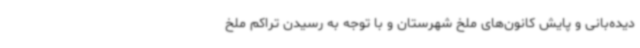
دیده‌بانی و پایش کانون‌های ملخ شهرستان و با توجه به رسیدن تراکم ملخ